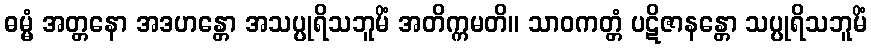
ဓမ္မံ အတ္တနော အဒဟန္တော အသပ္ပုရိသဘူမိံ အတိက္ကမတိ။ သာဝကတ္တံ ပဋိဇာနန္တော သပ္ပုရိသဘူမိံ